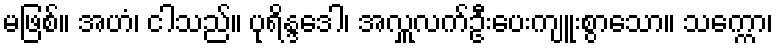
မဖြစ်။ အဟံ၊ ငါသည်။ ပုရိန္ဒဒေါ၊ အလှူလက်ဦးပေးကျူးစွာသော။ သက္ကော၊